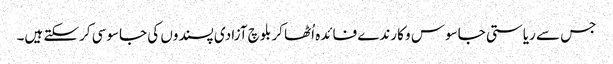
جس سے ریاستی جاسوس و کارندے فائدہ اُٹھا کر بلوچ آزادی پسندوں کی جاسوسی کرسکتے ہیں۔